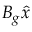
B _ { g } \hat { x }